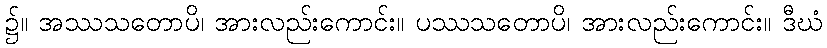
၌။ အဿသတောပိ၊ အားလည်းကောင်း။ ပဿသတောပိ၊ အားလည်းကောင်း။ ဒီဃံ